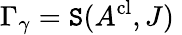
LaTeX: \Gamma_{\gamma}=\mathtt{S}(A^{\mathrm{{cl}}},J)\;